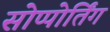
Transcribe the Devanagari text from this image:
सोप्पोर्तिंग